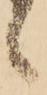
候